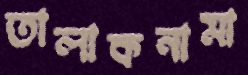
তালাকনামা